system: You are a helpful assistant.
user:
Analyze the provided spectrum to determine if it is a **Carbon Star (C-type)**.

- **Key Visual Indicators of Carbon Star:**
    - **(Primary):** Strong molecular absorption from **C₂ (diatomic carbon) "Swan Bands."** This is the **defining feature** of a carbon star.
        - **(Key Bandheads):** Sharp absorption edges are visible at approximately $5635$ Å, $5165$ Å (the strongest band), and $4737$ Å.
        - **(Line Profile):** Creates a distinct **"saw-tooth"** pattern. The key morphology is a sharp, steep bandhead on the **red (long-wavelength) side**, which then gradually tapers off (i.e., flux recovers) towards the **blue (short-wavelength) side**. *(This is the direct opposite of the TiO bands seen in M-type stars)*.

    - **(Secondary):** Intense **CN (cyanogen)** molecular absorption bands.
        - **(Key Bandheads):** Located in the blue and violet regions of the spectrum (e.g., near $4215$ Å and $3883$ Å).
        - **(Morphology):** These bands are extremely broad and act as a "blanket," absorbing the vast majority of blue and violet light. This creates a characteristic **"cliff"** or **"steep drop-off"** in the spectrum's flux at short wavelengths.

    - **(Key Confirmation):** Strong **CH absorption band (G-band)**.
        - **(Key Bandhead):** Located around $4300$ Å. The contribution from CH molecules to this band is exceptionally strong.

    - **(Overall Spectrum):**
        - The continuum is severely "chopped up" by these deep molecular bands, especially C₂, rather than appearing as a smooth curve.
        - Due to the heavy CN and C₂ absorption in the blue-green, the vast majority of the star's flux is concentrated in the red part of the spectrum, giving the star its characteristic deep red color.

Think first, call **spectral_visualization_tool** if needed to examine features in detail, then provide your final answer. Your response must adhere to the following strict rules:
1.  **Overall Structure:** Your response must follow the format `<think>...</think> <tool_call>...</tool_call> (if a tool is used) <answer>...</answer>`.
2.  **Tool Usage Constraint:** You may only make **one** tool call per turn.
3.  **Final Answer Format:** In the `<answer>` tag, your conclusion must be inside a `\boxed{}` command (e.g., `\boxed{YES}`), followed by your justification.

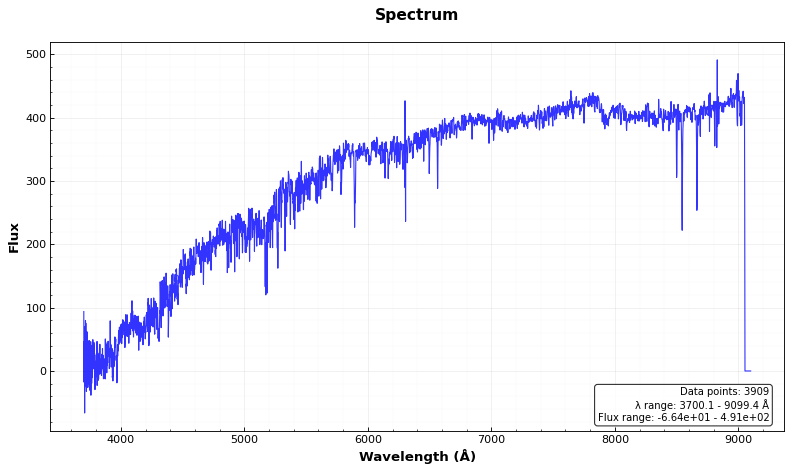
Answer: NO